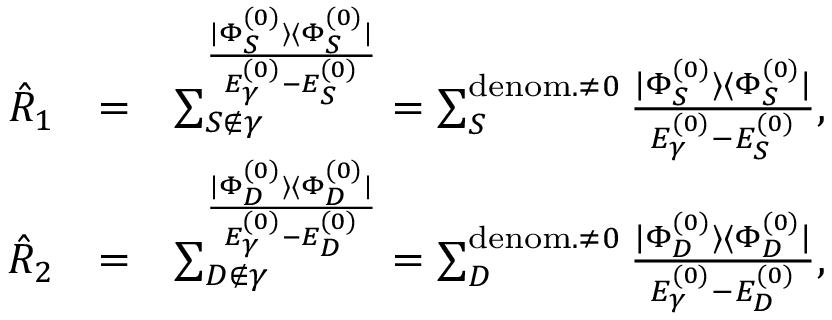
\begin{array} { r l r } { \hat { R } _ { 1 } } & { = } & { \sum _ { S \notin \gamma } ^ \frac { | \Phi _ { S } ^ { ( 0 ) } \rangle \langle \Phi _ { S } ^ { ( 0 ) } | } { E _ { \gamma } ^ { ( 0 ) } - E _ { S } ^ { ( 0 ) } } = \sum _ { S } ^ { { \mathrm { d e n o m . } \neq 0 } } \frac { | \Phi _ { S } ^ { ( 0 ) } \rangle \langle \Phi _ { S } ^ { ( 0 ) } | } { E _ { \gamma } ^ { ( 0 ) } - E _ { S } ^ { ( 0 ) } } , } \\ { \hat { R } _ { 2 } } & { = } & { \sum _ { D \notin \gamma } ^ \frac { | \Phi _ { D } ^ { ( 0 ) } \rangle \langle \Phi _ { D } ^ { ( 0 ) } | } { E _ { \gamma } ^ { ( 0 ) } - E _ { D } ^ { ( 0 ) } } = \sum _ { D } ^ { { \mathrm { d e n o m . } \neq 0 } } \frac { | \Phi _ { D } ^ { ( 0 ) } \rangle \langle \Phi _ { D } ^ { ( 0 ) } | } { E _ { \gamma } ^ { ( 0 ) } - E _ { D } ^ { ( 0 ) } } , } \end{array}